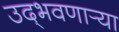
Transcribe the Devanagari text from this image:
उद्‌भवणार्‍या